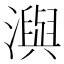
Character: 㵰